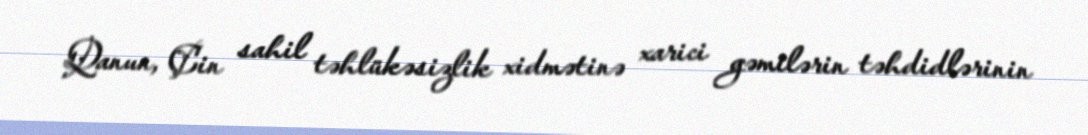
Qanun, Çin sahil təhlükəsizlik xidmətinə xarici gəmilərin təhdidlərinin